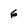
Character: 6